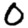
Digit: 0